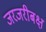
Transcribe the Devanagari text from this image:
जरजरीबक्ष